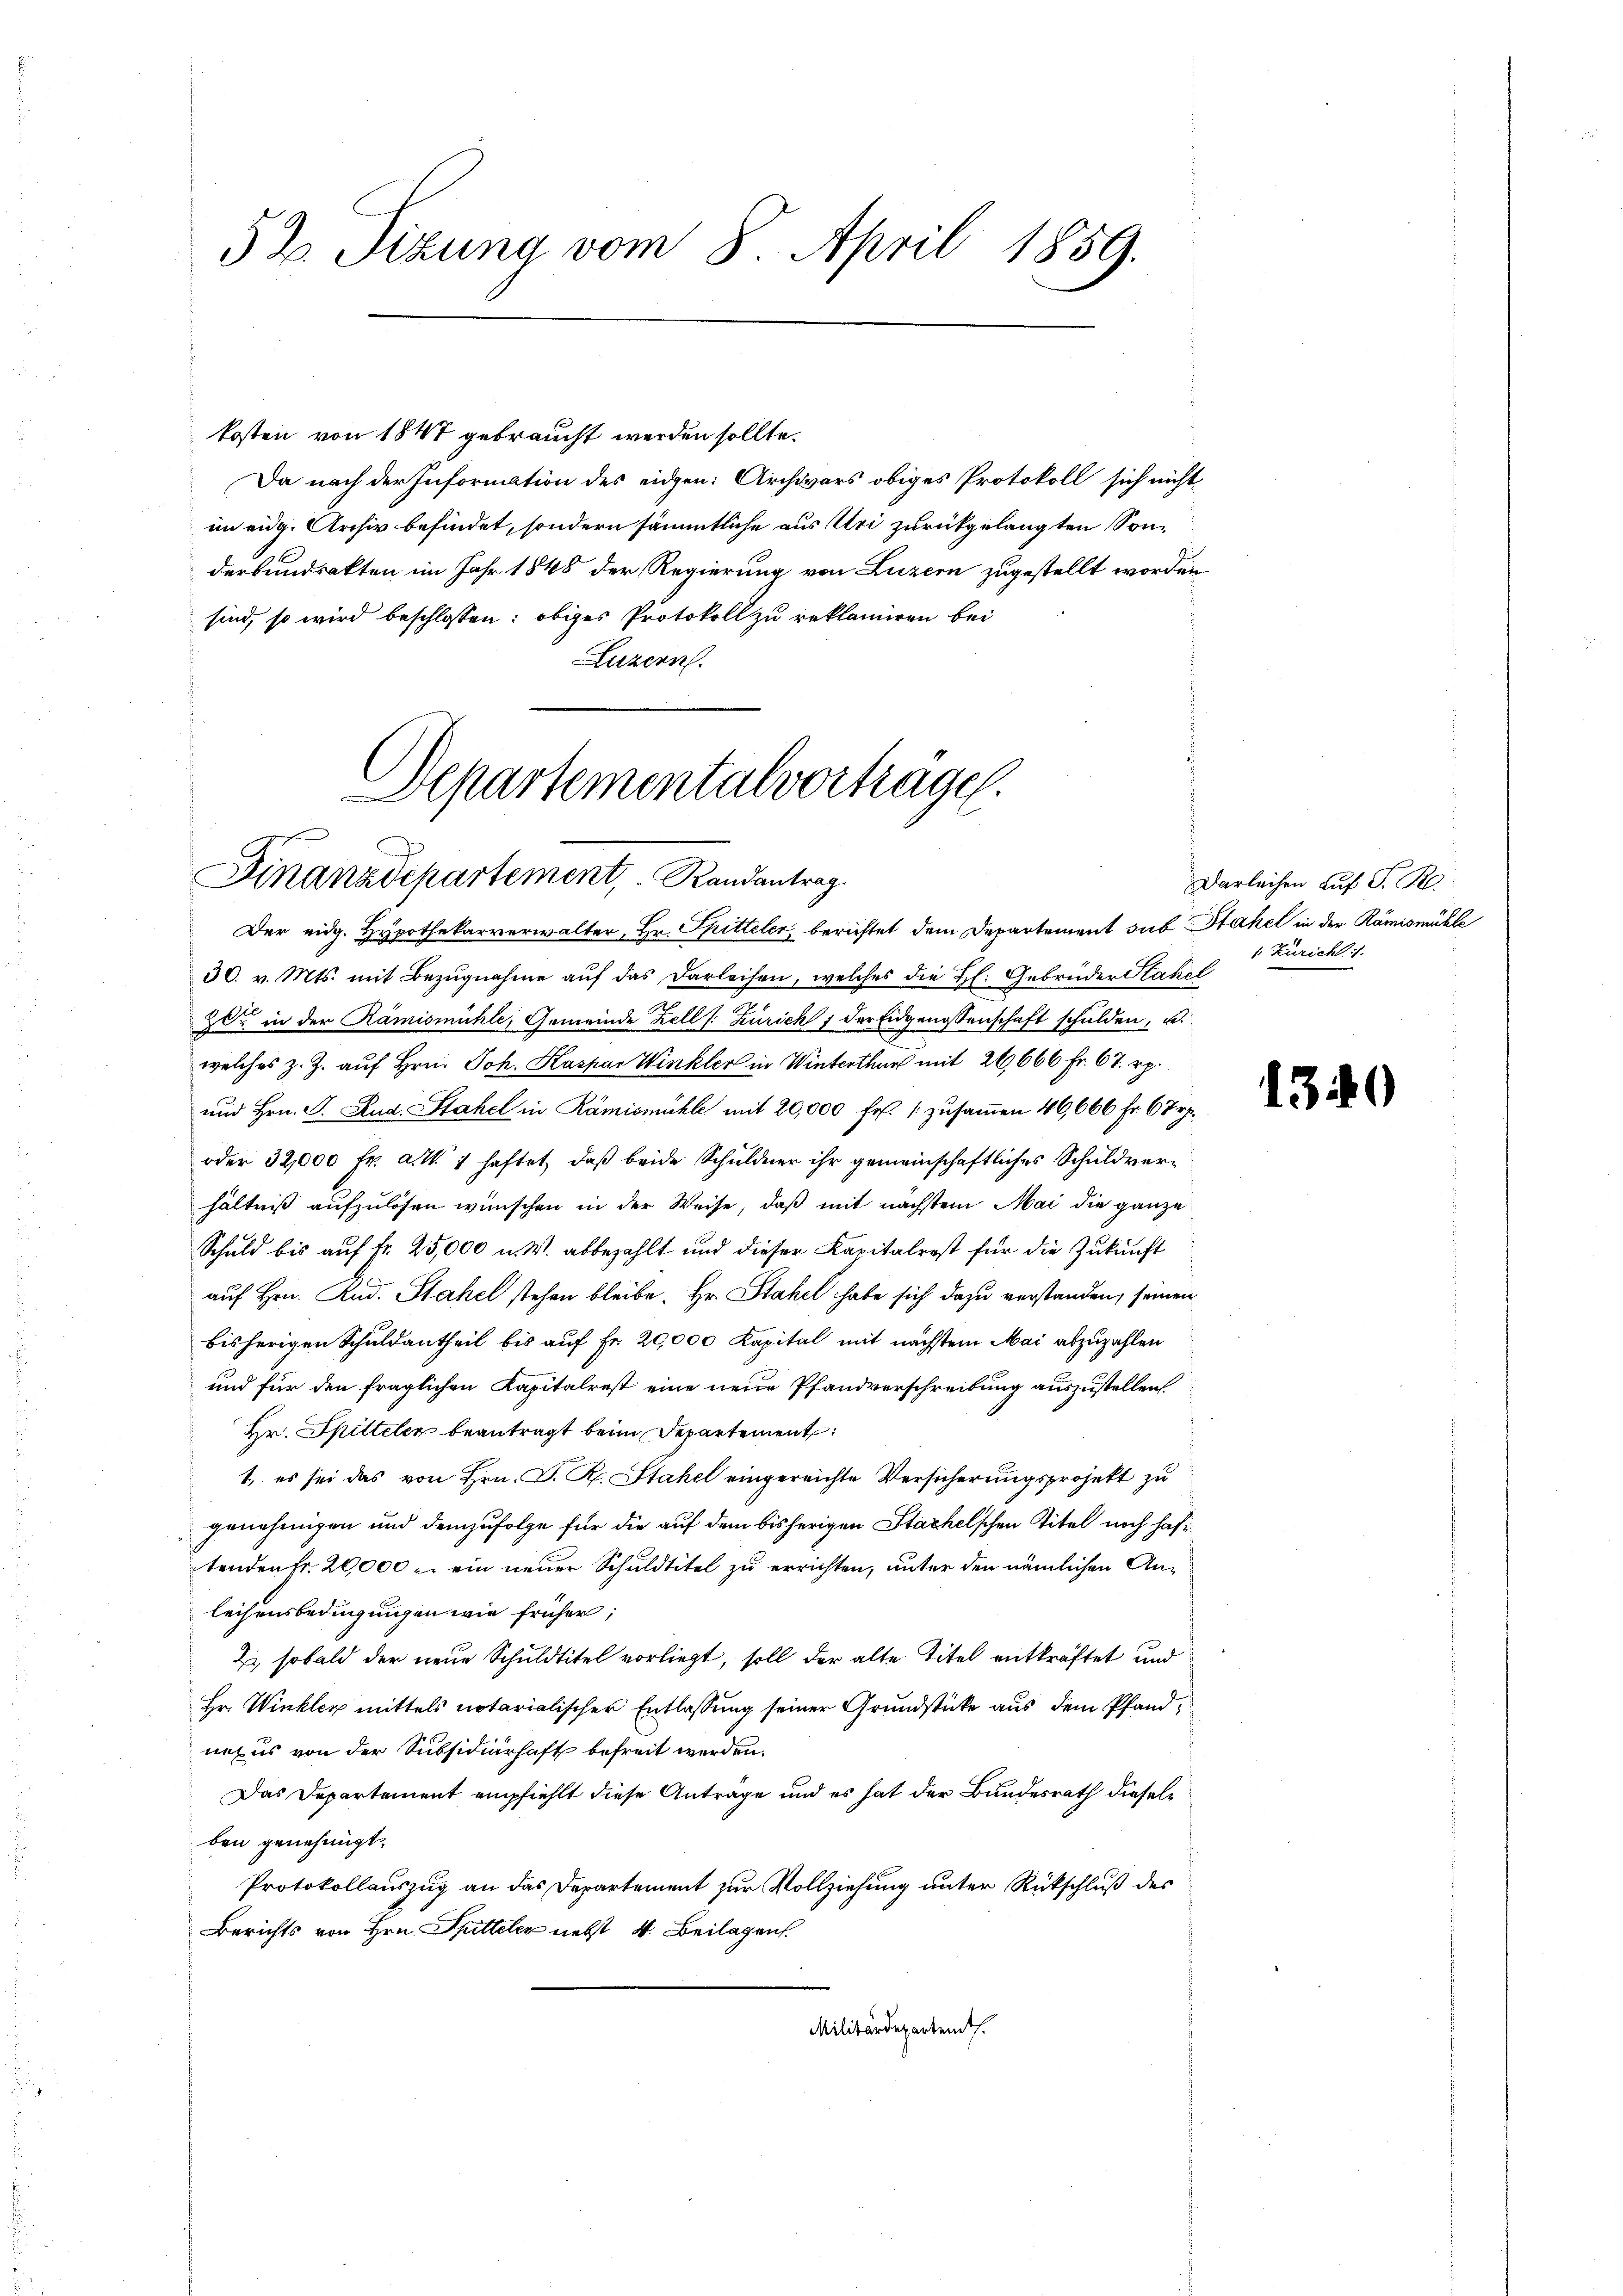
52. Sizung vom 8. April 1859.

kosten von 1847 gebraucht werden sollte.
Da nach der Information des eidgen: Archivars obiges Protokoll sich nicht
im eidg. Archiv befindet, sondern sämmtliche aus Uri zurückgelangten Sonderbundsakten im Jahr 1848 der Regierung von Luzern zugestellt worden
sind, so wird beschlossen: obiges Protokoll zu reklamiren bei
Luzern.

Departementalverträge.
¬
Finanzdepartement, Randantrag.

Der eidg. Hypothekarverwalter, Hr. Spitteler, berichtet dem Departement sub Stahel in der Rämismühle
30. v. Mts. mit Bezŭgnahme aŭf das Darleihen, welches die H: Gebrüder Stahel
20 in der Rämismühle, Gemeinde Zell s. Zürich 1 der Eidgenossenschaft schulden, u.
welches z. Z. auf Hrn. Joh. Kaspar Winkler in Winterthur mit 26,666 Fr. 67. rp.
und Hrn. J. Stud. Stahel in Rämismühle mit 20,000 Fr. zusammen 46,666 fr. 67.
oder 32,000 Fr. a. W. 1 haftet, daß beide Schuldner ihr gemeinschaftliches Schuldverhältniß aufzulösen wünschen in der Weise, daß mit nächstem Mai die ganze
Schuld bis auf fr. 25,000 u. W. abbezahlt und dieser Kapitalrest für die Zukunft
auf Hrn. Rud. Stahel stehen bleibe. Hr. Stahel habe sich dazu verstanden, seinen
bisherigen Schuldantheil bis auf Fr. 20,000 Kapital mit nächstem Mai abzuzahlen
und für den fraglichen Kapitalrest eine neue Pfandverschreibung auszustellen.
Hr. Spitteler beantragt beim Departement:
1., es sei das von Hrn. P. R. Stahel eingereichte Versicherungsprojekt zu
genehmigen und demzufolge für die auf dem bisherigen Stachelschen Titel noch haftenden Fr. 20,000.- ein neuer Schuldtitel zu errichten, unter den nämlichen Anleihensbedingungen wie früher,
Z. sobald der neue Schuldtitel vorliegt, soll der alte Titel entkräftet und
Hr. Winkler mittels notarialischer Entlassung seiner Grundstücke aus dem Pfand
nexus von der Subsidiarhaft befreit werden.
Das Departement empfiehlt diese Antrage und es hat der Bundesrath diesel
ben genehmigt.
Protokollauszug an das Departement zur Vollziehung unter Rückschluß des
Berichts von Hrn. Spitteler nebst 4. Beilagen
Militärdepartent

Darleihen auf S. R.
1 Züricht 1.

13

)